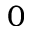
0